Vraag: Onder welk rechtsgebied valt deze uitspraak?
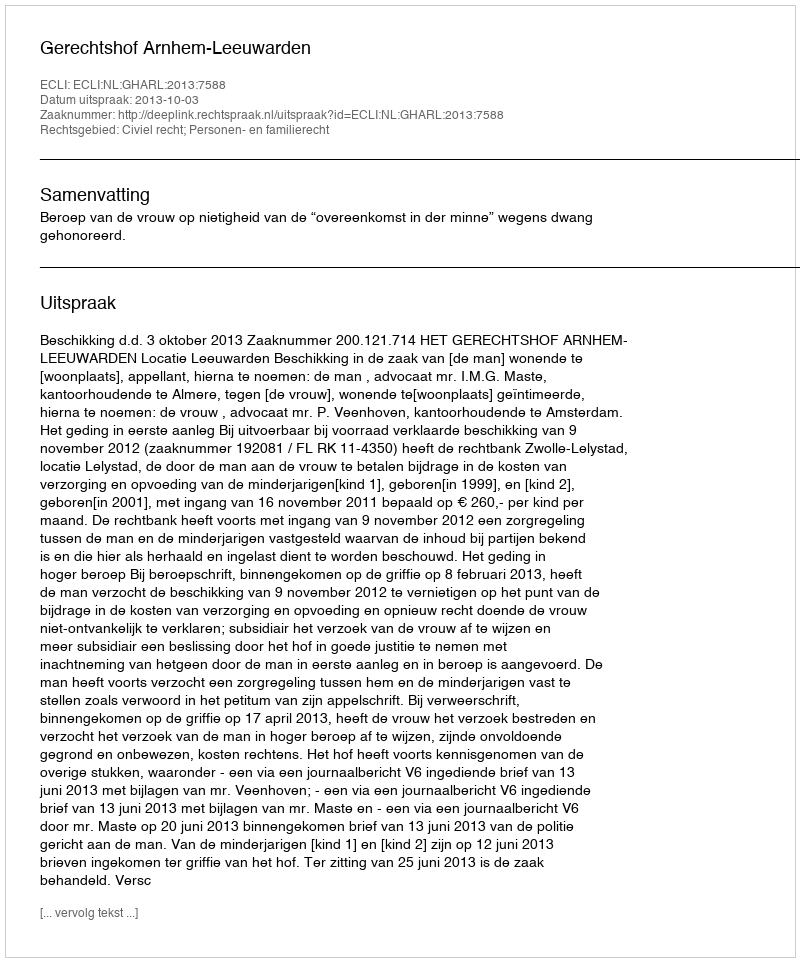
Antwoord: Civiel recht; Personen- en familierecht